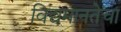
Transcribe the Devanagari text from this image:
विद्यमानतेचा